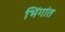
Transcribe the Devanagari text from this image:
भिंगांत